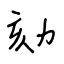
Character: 劾